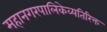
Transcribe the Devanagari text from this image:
महानगरपालिकेव्यतिरिक्त